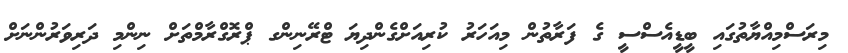
މިރަސްމިއްޔާތުގައި ބީޑީއެސްސީ ގެ ފަރާތުން މިއަހަރު ކުރިއަށްގެންދިޔަ ޓްރޭނިންގ ޕްރޮގްރާމްތަށް ނިންމި ދަރިވަރުންނަށް